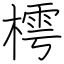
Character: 樗